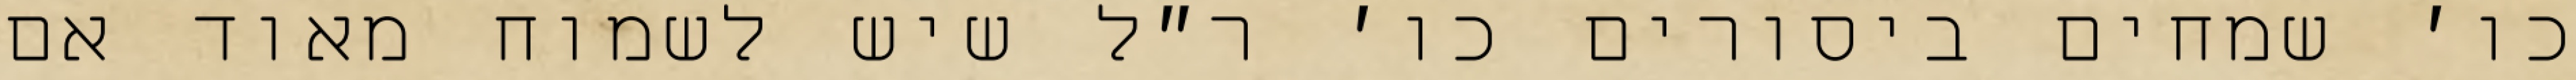
כו׳ שמחים ביסורים כו׳ ר״ל שיש לשמוח מאוד אם